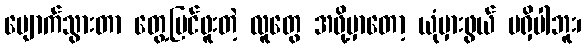
ပျောက်သွားတာ တွေ့မြင်ဖူးတဲ့ လူတွေ အဖို့မှာတော့ ယုံမှားဖွယ် မရှိပါဘူး၊